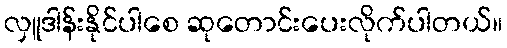
လှူဒါန်းနိုင်ပါစေ ဆုတောင်းပေးလိုက်ပါတယ်။